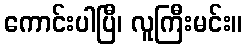
ကောင်းပါပြီ၊ လူကြီးမင်း။